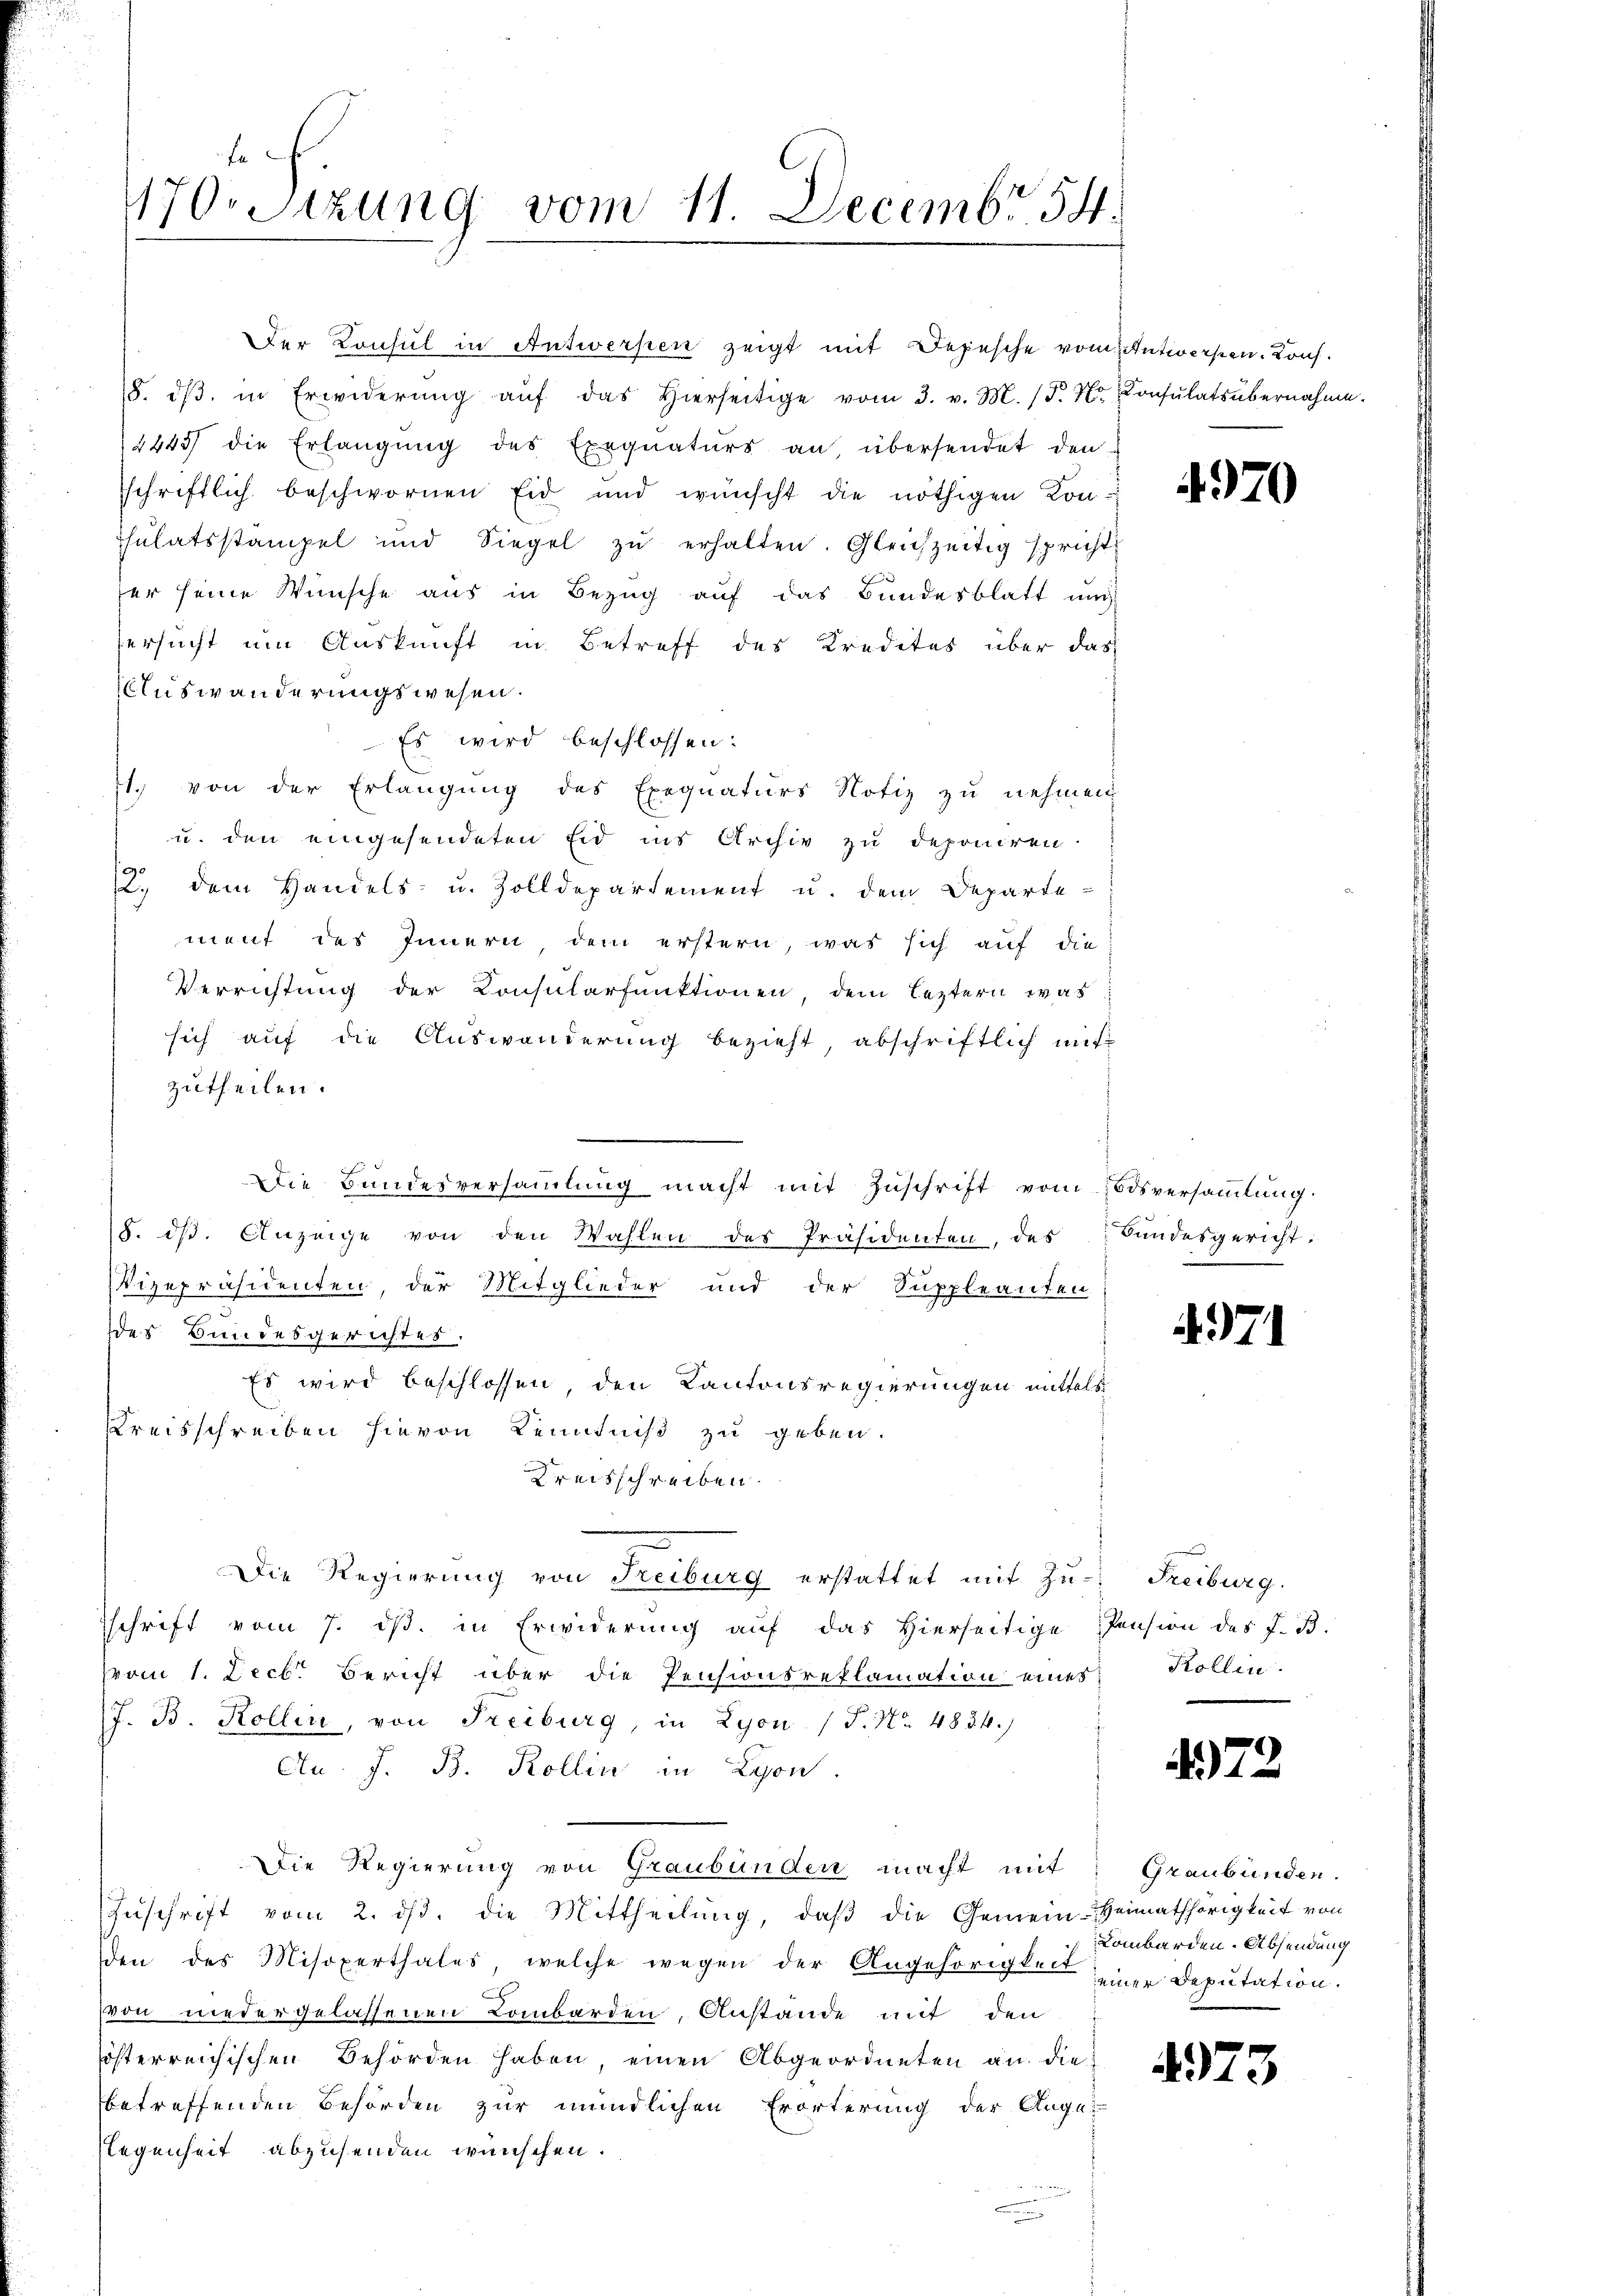
170. Sitzung vom 11. Decembr 54.

Der Konsul in Antwerpen zeigt mit Depesche vom Antworfen. Kons.
(8. dβ. in Erwiderŭng aŭf das hierseitige vom 3. v. M. (T. Xr. Consulatsübernahme.
2445 die Erlangung des Exequaturs an, übersendet den
sschriftlich beschwornen Eid und wünscht die nöthigen Kon-
Thulatsstampel und Siegel zŭ erhalten. Gleichzeitig spricht,
er seine Wünsche aus in Bezug auf das Bundesblatt und
ersucht um Auskunft in Betreff des Kredites über das
Auswanderungswesen.
Es wird beschlossen:
1. von der Erlangung des Exequaturs Notiz zu nehmen
u. den eingesendeten Eid ins Archiv zu deponiren.
20
.) dem Handels- u. Zolldepartement u. dem Departement des Innern dem erstern, was sich auf die
Verrichtung der Consularfunktionen, dem leztern, was
sich auf die Auswanderung bezieht, abschriftlich mit
zutheilen.

8. dβ. Anzeige von den Wahlen des Präsidenten, des Bundesgericht:
Vizepräsidenten, der Mitglieder und der Suppleanten
des Bundesgerichtes.
Es wird beschlossen, den Kantonsregierungen mittels
Kreisschreiben hievon Kenntniß zu geben.
Kreisschreiben.
Die Regierung von Freiburg erstattet mit Zu- Freiburg,
sschrift vom 7. ds. in Erwiderung auf das Hierseitige Pension des J. B.
vvom 1. Lect. Bericht über die Pensionsreklamation eines
J. B. Kollin, von Freiburg in Lyon (T. No. 4834.
An. J. B. Kollin in Lyon
Die Regierung von Graubünden macht mit
Zŭschrift vom 2. ds. die Mittheilung, daβ die Gemein-Heimathörigkeit von
den des Misoxerthales, welche wegen der Angehörigten eine Deputation.
von niedergelassenen Lombarden, Anstände mit den
österreichischen Behörden haben, einen Abgeordneten an die
betreffenden Behörden zur mündlichen Erörterung der Auge-
Regenheit abzusenden wünschen.

Die Bundesversammlung macht mit Zuschrift vom Todsversammlung

497

71

Kollen.

472

Graubünden.
Lombarden. Absendung

4973